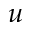
\boldsymbol { u }